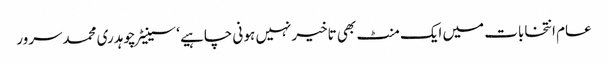
عام انتخابات میں ایک منٹ بھی تاخیرنہیں ہو نی چاہیے ‘ سینیٹرچوہدری محمدسرور